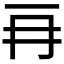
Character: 𠕅